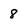
Character: 8